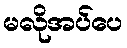
မလိုအပ်ပေ